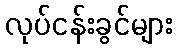
လုပ်ငန်းခွင်များ